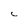
Character: C